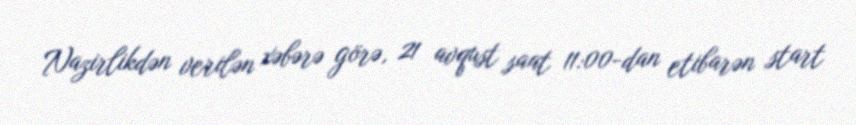
Nazirlikdən verilən xəbərə görə, 21 avqust saat 11:00-dan etibarən start